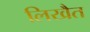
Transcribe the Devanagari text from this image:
लिखैत